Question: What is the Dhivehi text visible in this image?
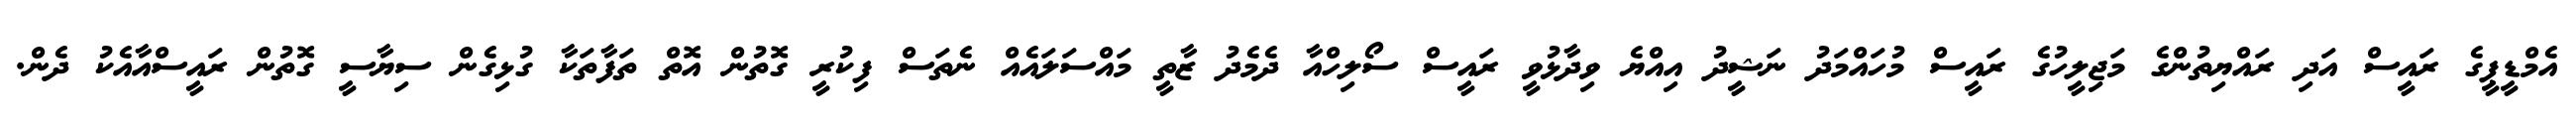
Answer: އެމްޑީޕީގެ ރައީސް އަދި ރައްޔިތުންގެ މަޖިލީހުގެ ރައީސް މުހައްމަދު ނަޝީދު އިއްޔެ ވިދާޅުވީ ރައީސް ސޯލިހްއާ ދެމެދު ޒާތީ މައްސަލައެއް ނެތަސް ފިކުރީ ގޮތުން އޮތް ތަފާތަކާ ގުޅިގެން ސިޔާސީ ގޮތުން ރައީސްއާއެކު ދެން.